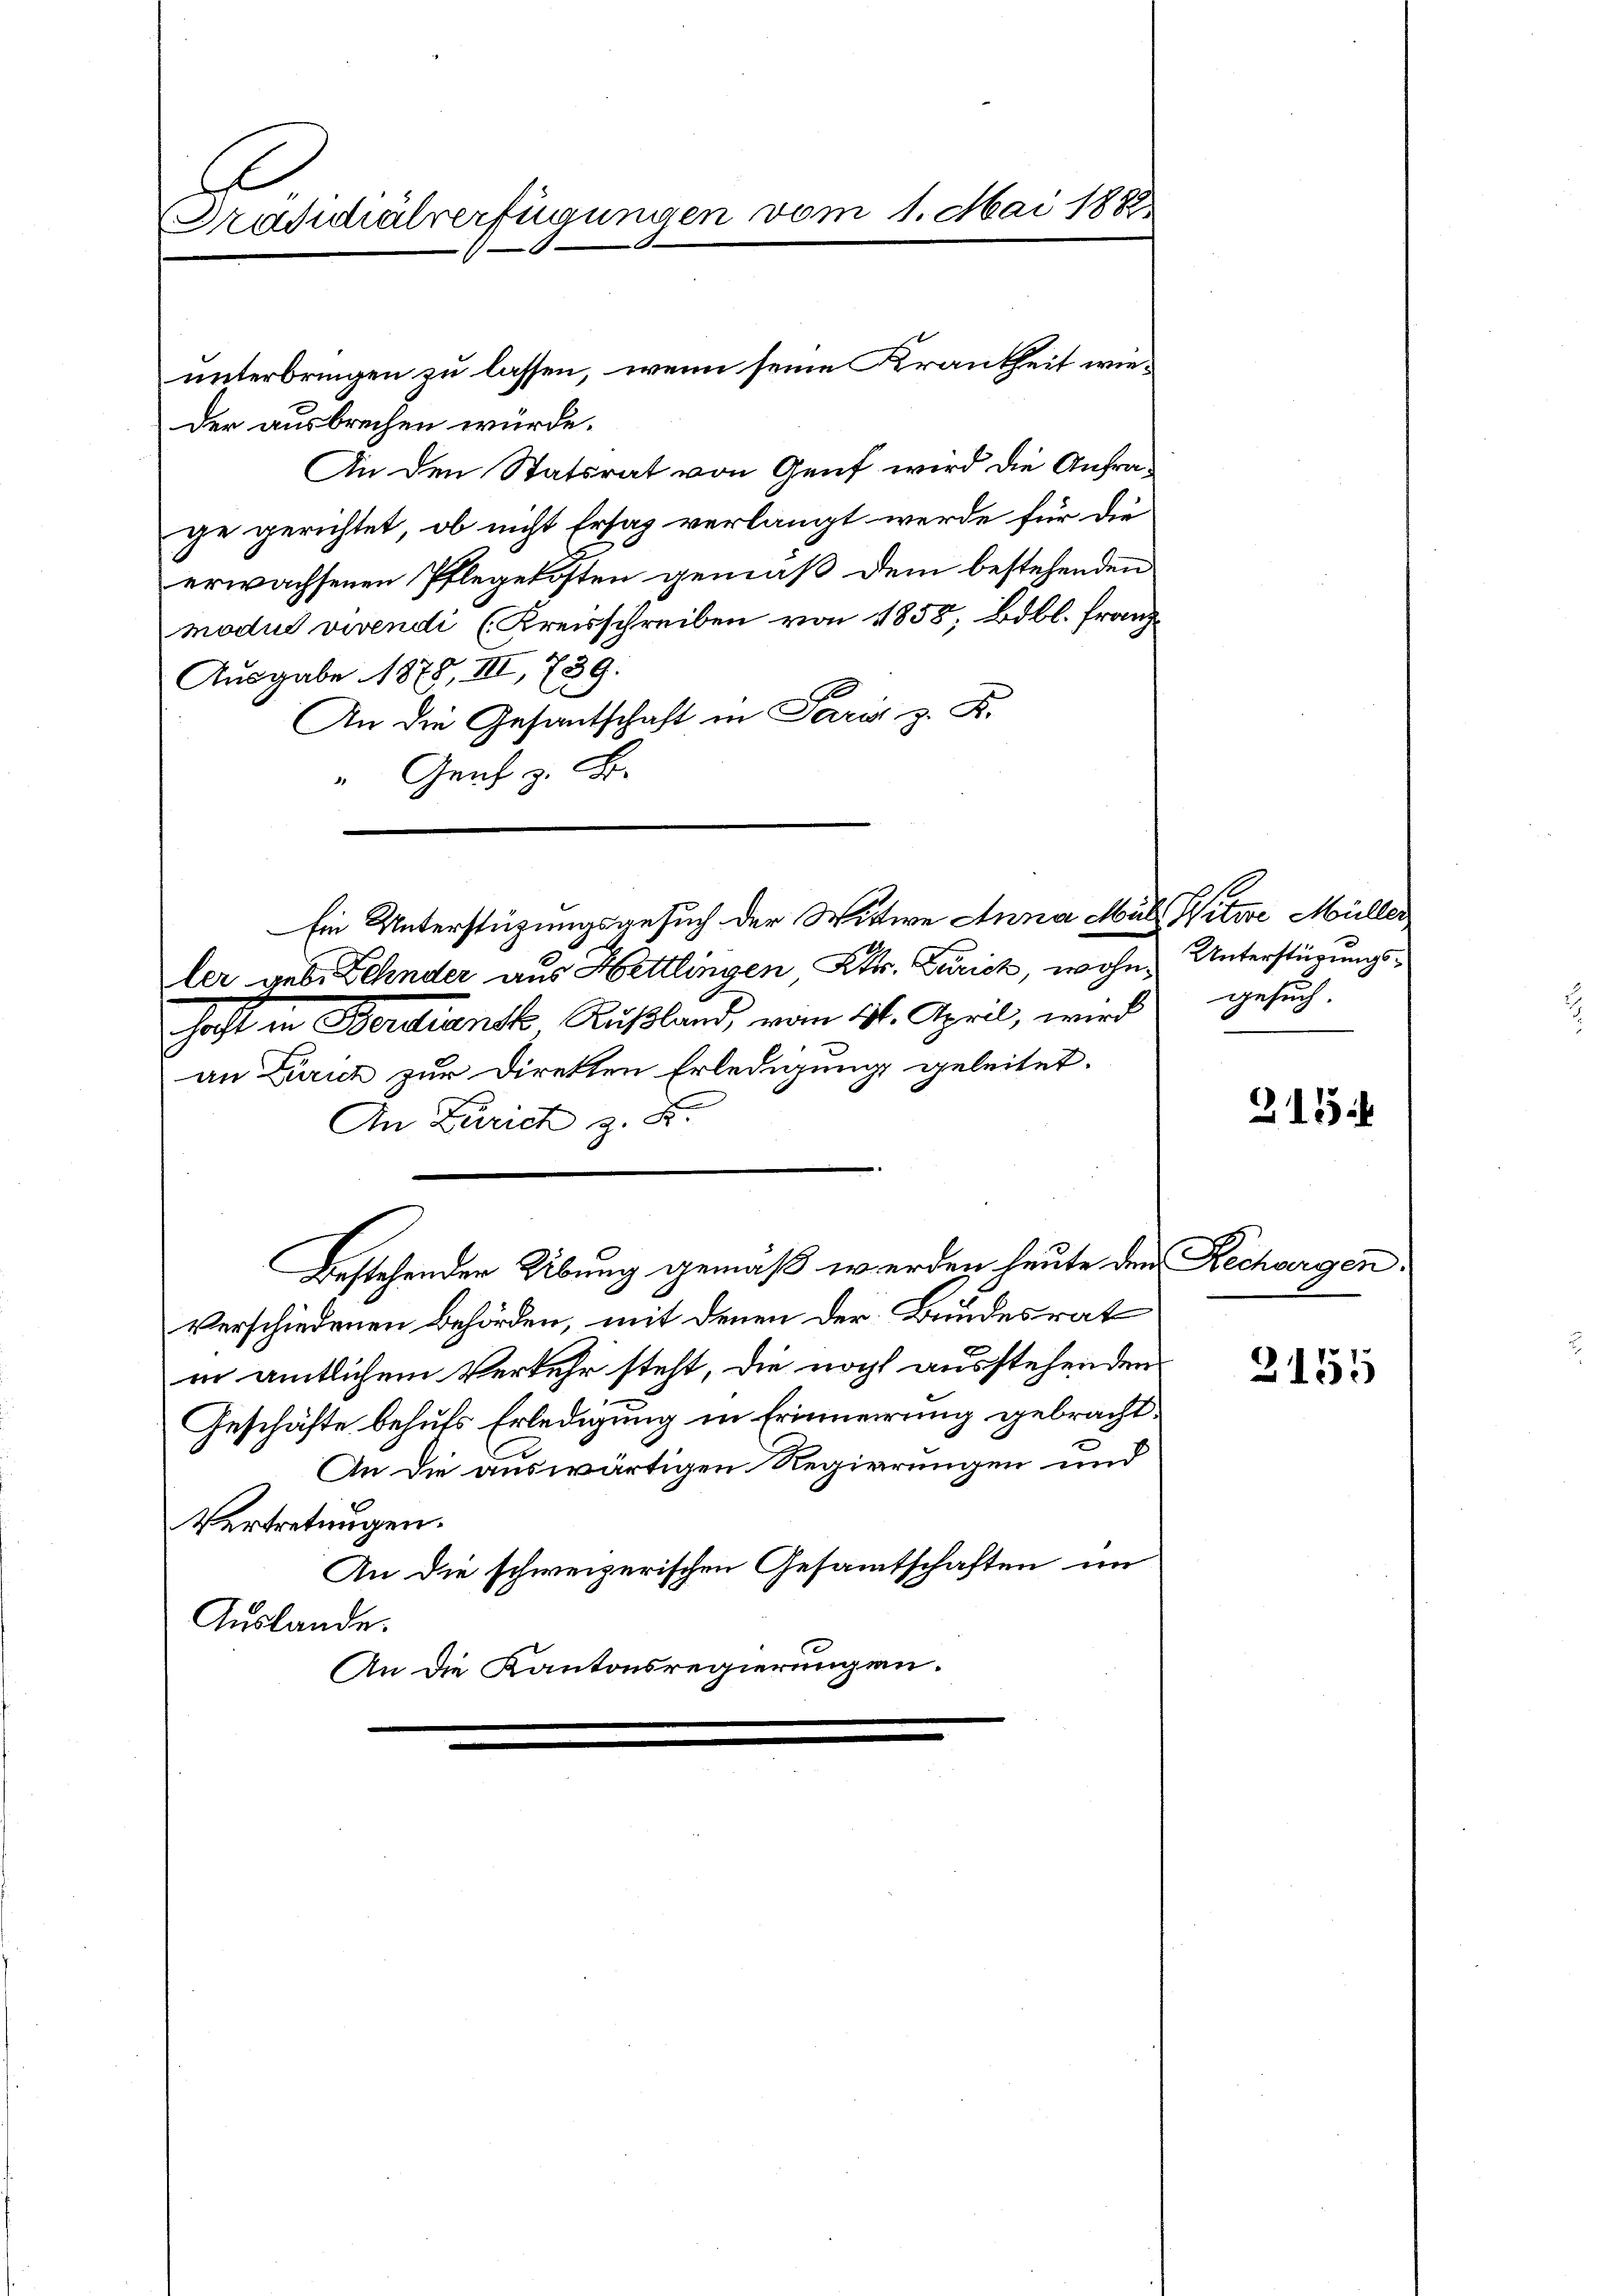
A
Präsidialverfügungen vom 1. Mai 188.

unterbringen zu lassen, wenn seine Krankheit wieder ausbrechen würde.
An den Statsrat von Genf wird die Anfrage gerichtet, ob nicht Ersaz verlangt werde für die
erwachsenen Pflegekosten gemäß dem bestehenden
modus vivendi (Kreisschreiben von 1858, Bibl. Franz
Ausgabe 1878, III, 739.
3
An die Gesantschaft in Paris z. B.
" Genf z. B.

Ein Unterstützungsgesuch der Wittwe Anna Mül Witwe Müller
ler geb. Zehnder aus Hettlingen Kt. Zürich, wohn¬

Bestehenden Übung gemäß werden heute den

haft in Berdjansk Rußland, vom 31. April, wird
an Zürich zur Direkten Erledigung geleitet.
An Zürich z. B.
Verschiedenen Behörden, mit denen der Bundesrat
in amtlichem Verkehr steht, die noch ausstehenden
Geschäfte behufs Erledigung in Erinnerung gebracht.
An die auswärtigen Regierungen und
Vertretungen.
An die schweizerischen Gesammtschaften im
Auslande.
An die Kantonsregierungen.

Unterstürungsgesuch.

315

u. Rechargen.

2155